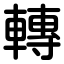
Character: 轉